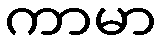
ကာမာ